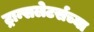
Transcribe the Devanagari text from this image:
ट्रान्सलेटर्सच्या